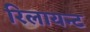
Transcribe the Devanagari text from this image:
रिलायन्ट